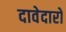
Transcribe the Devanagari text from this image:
दावेदारो